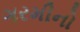
ગરમીનો